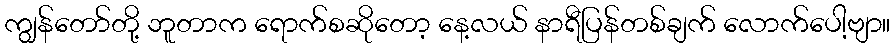
ကျွန်တော်တို့ ဘူတာက ရောက်စဆိုတော့ နေ့လယ် နာရီပြန်တစ်ချက် လောက်ပေါ့ဗျာ။